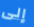
إلى